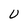
Character: U